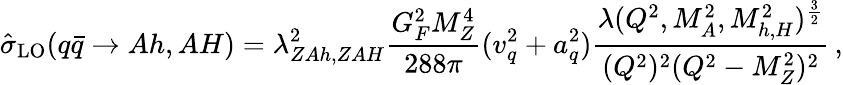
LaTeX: \hat{\sigma}_{\mathrm{LO}}(q\bar{q}\to Ah,AH)=\lambda_{ZAh,ZAH}^{2}\frac{G_{F}^{2}M_{Z}^{4}}{288\pi}(v_{q}^{2}+a_{q}^{2})\frac{\lambda(Q^{2},M_{A}^{2},M_{h,H}^{2})^{\frac{3}{2}}}{(Q^{2})^{2}(Q^{2}-M_{Z}^{2})^{2}}\, ,